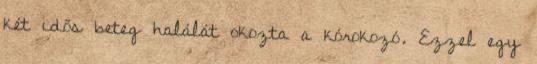
két idős beteg halálát okozta a kórokozó. Ezzel egy